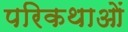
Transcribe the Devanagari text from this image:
परिकथाओं